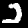
Digit: 2